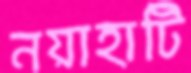
নয়াহাটি